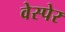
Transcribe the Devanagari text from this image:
वेस्पेर